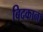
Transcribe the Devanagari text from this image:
बिदकाना